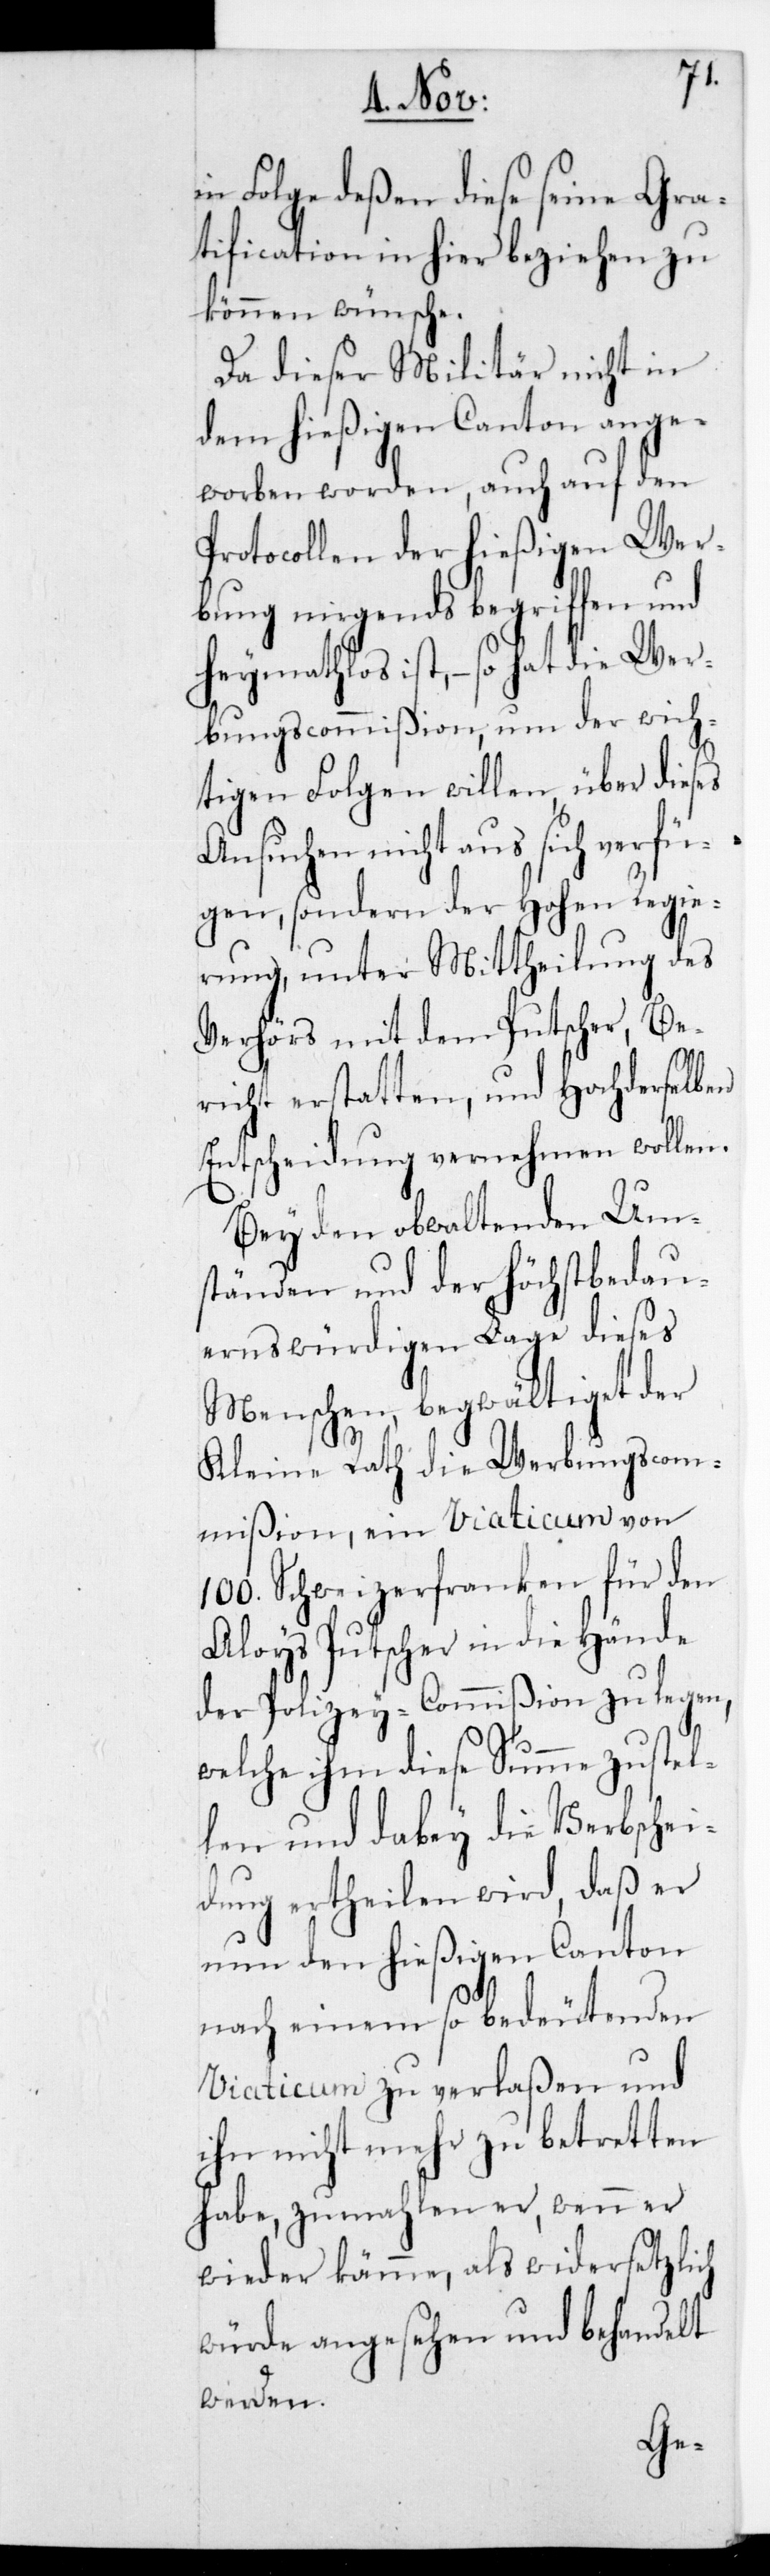
es
in Folge deßen diese seine Gra¬
tification in hier beziehen zu
können wünsche.
Da dieser Militär nicht in
dem hießigen Canton ange¬
worben worden, auch auf den
Protocollen der hießigen Wer¬
bung nirgends begriffen und
heymathlos ist, – so hat die Wer¬
bungscommißion, um der wich¬
tigen Folgen willen, über dies¬
Ansuchen nicht aus sich verfü¬
gen, sondern der Hohen Regie¬
rung, unter Mittheilung des
Verhörs mit dem Putscher, Be¬
richt erstatten, und Hochderselben
Entscheidung vernehmen wollen.
Bey den obwaltenden Um¬
ständen und der höchstbedau¬
ernswürdigen Lage dieses
Menschen, begwältiget der
Kleine Rath die Werbungscom¬
mißion, ein Viaticum von
100. Schweizerfranken für den
Aloys Putscher in die Hände
der Polizey-Commißion zu legen,
welche ihm diese Summe zustel¬
len und dabey die Verbschei¬
dung ertheilen wird, daß er
nun den hießigen Canton
nach einem so bedeutenden
Viaticum zu verlaßen und
ihn nicht mehr zu betretten
habe, zumahlen er, wenn er
wieder käme, als widersetzlich
würde angesehen und behandelt
werden.